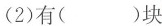
(2)有()块